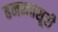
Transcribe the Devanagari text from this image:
हनमतसूरी